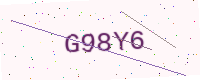
Text: G98Y6